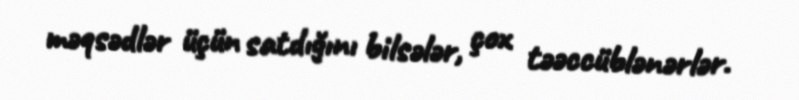
məqsədlər üçün satdığını bilsələr, çox təəccüblənərlər.